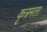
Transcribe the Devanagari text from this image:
कृत्रमता